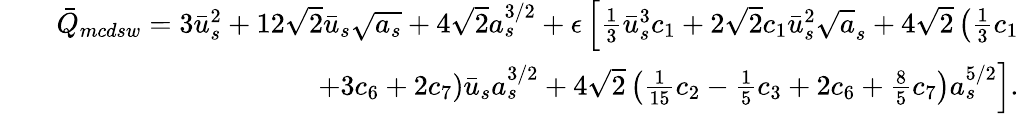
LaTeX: \begin{array}{rlr}&{}&{\bar{Q}_{mcdsw}=3\bar{u}_{s}^{2}+12\sqrt{2}\bar{u}_{s}\sqrt{a_{s}}+4\sqrt{2}a_{s}^{3/2}+\epsilon\left[\frac{1}{3}\bar{u}_{s}^{3}c_{1}+2\sqrt{2}c_{1}\bar{u}_{s}^{2}\sqrt{a}_{s}+4\sqrt{2}\left(\frac{1}{3}c_{1}\right.\right.}\\ &{}&{\left.\left.\mathrm+3c_{6}+2c_{7}\right)\bar{u}_{s}a_{s}^{3/2}+4\sqrt{2}\left(\frac{1}{15}c_{2}-\frac{1}{5}c_{3}+2c_{6}+\frac{8}{5}c_{7}\right)a_{s}^{5/2}\right].}\end{array}